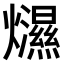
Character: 𤒴